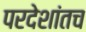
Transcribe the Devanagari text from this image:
परदेशांतच